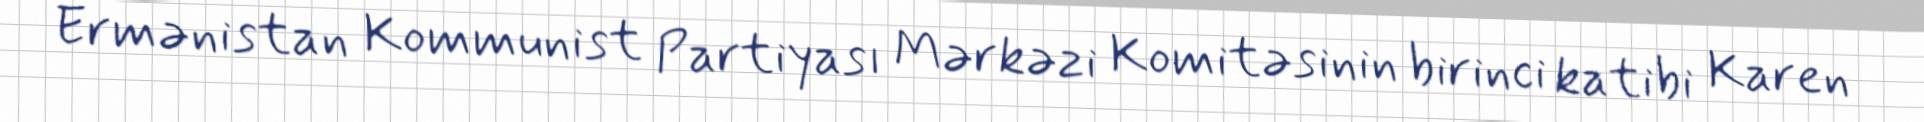
Ermənistan Kommunist Partiyası Mərkəzi Komitəsinin birinci katibi Karen